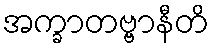
အက္ခာတဗ္ဗာနီတိ